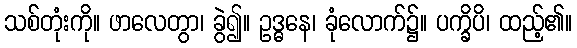
သစ်တုံးကို။ ဖာလေတွာ၊ ခွဲ၍။ ဥဒ္ဓနေ၊ ခုံလောက်၌။ ပက္ခိပိ၊ ထည့်၏။